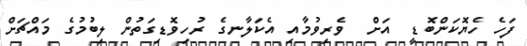
ފަހެ ހެޔޮކަންބޮޑީ  އަށް  ވެރިވުމާއި އެކަލާނގެ ރުހިވޮޑިގަތުން ލިބުމުގެ މައްޗަށް